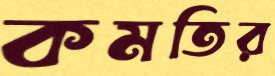
কমতির